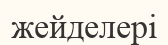
жейделері